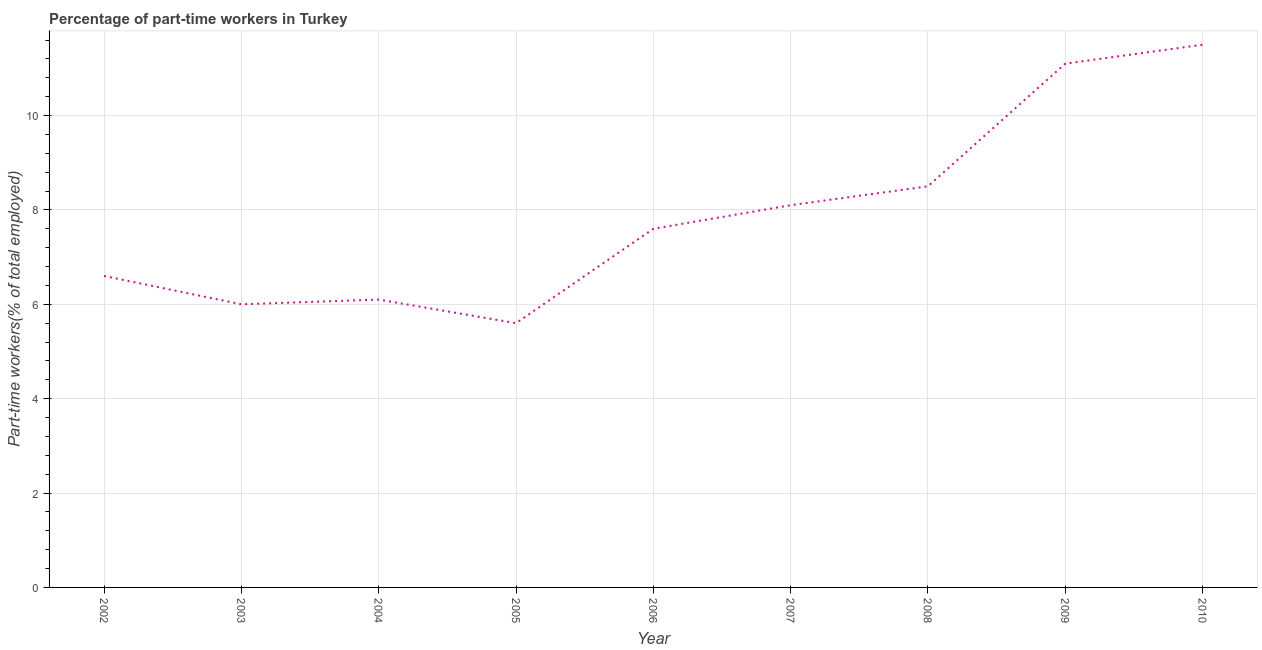
| Year | Part time employment |
 | --- | --- |
 | 2002 | 6.6 |
 | 2003 | 6 |
 | 2004 | 6.1 |
 | 2005 | 5.6 |
 | 2006 | 7.6 |
 | 2007 | 8.1 |
 | 2008 | 8.5 |
 | 2009 | 11.1 |
 | 2010 | 11.5 |